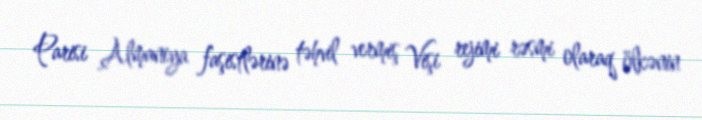
Parisi Almaniya faşistlərinə təhvil vermiş Vişi rejimi rəsmi olaraq ölkənin